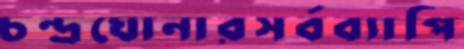
চন্দ্রঘোনারসর্বব্যাপি